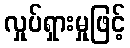
လှုပ်ရှားမှုဖြင့်